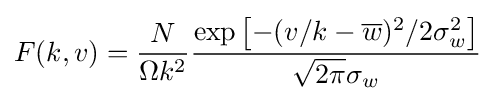
F(k,v)={\frac {N}{\Omega k^{2}}}{\frac {\exp \left[-(v/k-{\overline {w}})^{2}/2\sigma _{w}^{2}\right]}{{\sqrt {2\pi }}\sigma _{w}}}